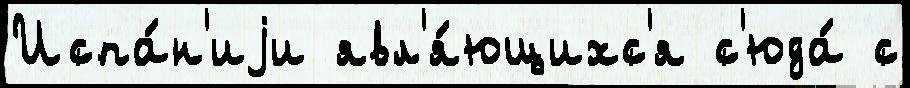
Испа́н'иjи явл'я́ющихс'я с'юда́ с